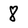
Character: 8